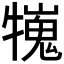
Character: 𤛲